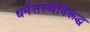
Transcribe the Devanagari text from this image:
धर्मसंस्थेविरूद्ध